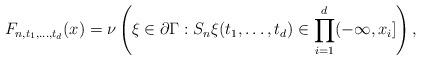
LaTeX: \begin{align*}F_{n,t_1,\ldots, t_d}(x) = \nu\left( \xi \in \partial \Gamma: S_n\xi(t_1,\ldots,t_d) \in \prod_{i=1}^{d} (-\infty, x_i] \right),\end{align*}